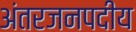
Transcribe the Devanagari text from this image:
अंतरजनपदीय